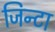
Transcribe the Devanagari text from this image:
जिन्टा